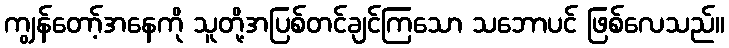
ကျွန်တော့်အနေကို သူတို့အပြစ်တင်ချင်ကြသော သဘောပင် ဖြစ်လေသည်။